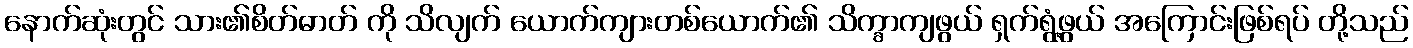
နောက်ဆုံးတွင် သား၏စိတ်ဓာတ် ကို သိလျက် ယောက်ကျားတစ်ယောက်၏ သိက္ခာကျဖွယ် ရှက်ရွံ့ဖွယ် အကြောင်းဖြစ်ရပ် တို့သည်